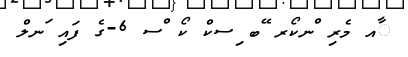
ާއ މެރި ްނކޯރ ޭބ ިސކް ކޯ ްސ 6-ގެ ފައި ަނލް